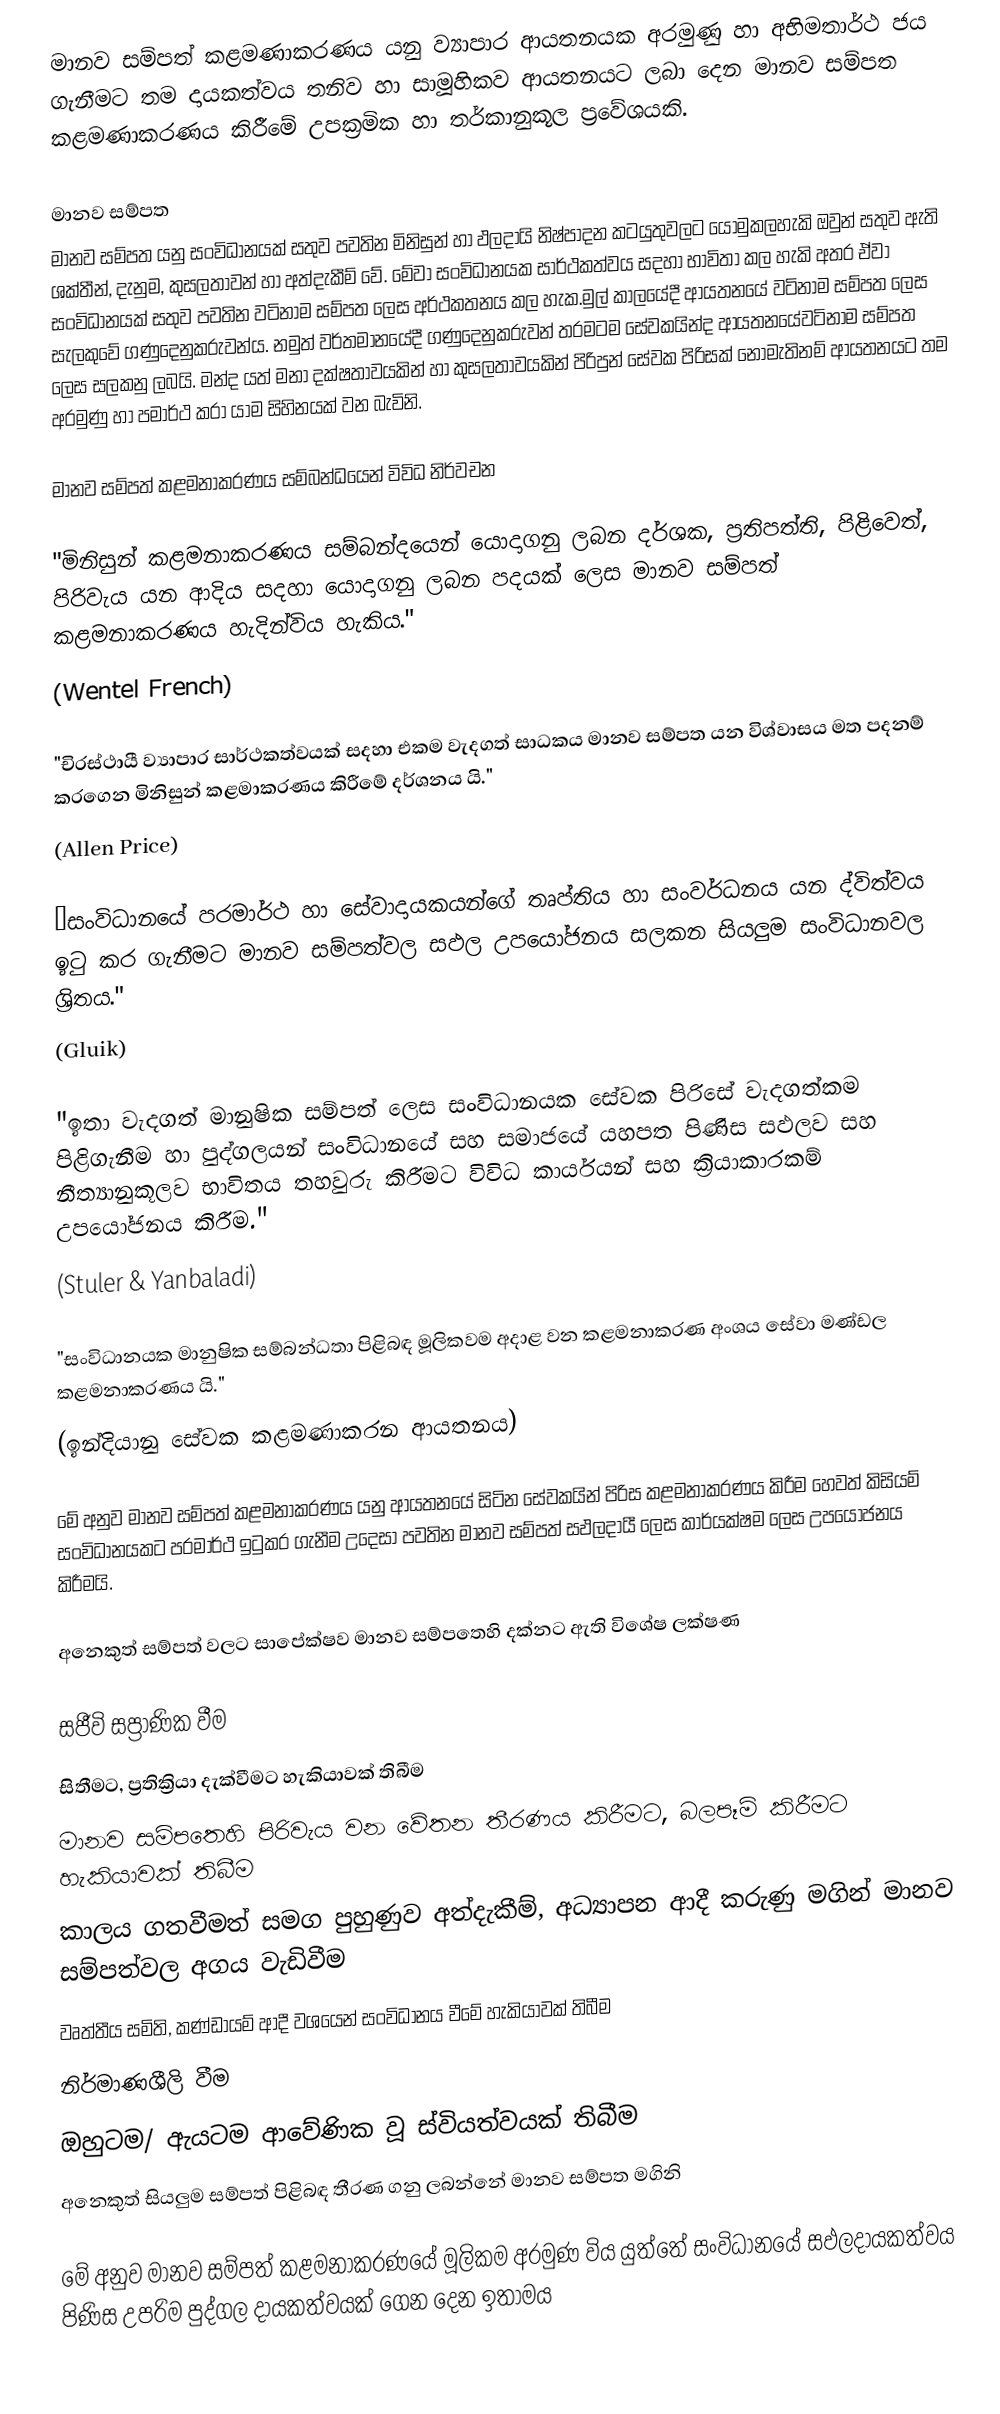
මානව සම්පත් කළමණාකරණය යනු ව්‍යාපාර ආයතනයක අරමුණු හා අභිමතාර්ථ ජය ගැනීමට තම දායකත්වය තනිව හා සාමූහිකව ආයතනයට ලබා දෙන මානව සම්පත කළමණාකරණය කිරීමේ උපක්‍රමික හා තර්කානුකූල ප්‍රවේශයකි.

මානව සම්පත
මානව සම්පත යනු සංවිධානයක් සතුව පවතින මිනිසුන් හා ඵලදායි නිෂ්පාදන කටයුතුවලට යොමුකලහැකි ඔවුන් සතුව ඇති ශක්තීන්, දැනුම, කුසලතාවන් හා අත්දැකීම් වේ. මේවා සංවිධානයක සාර්ථකත්වය සදහා භාවිතා කල හැකි අතර ඒවා සංවිධානයක් සතුව පවතින වටිනාම සම්පත ලෙස අර්ථකතනය කල හැක.මුල් කාලයේදී ආයතනයේ වටිනාම සම්පත ලෙස සැලකුවේ ගණුදෙනුකරුවන්ය. නමුත් වර්තමානයේදී ගණුදෙනුකරුවන් තරමටම සේවකයින්ද ආයතනයේවටිනාම සම්පත ලෙස සලකනු ලබයි. මන්ද යත් මනා දක්ෂතාවයකින් හා කුසලතාවයකින් පිරිපුන් සේවක පිරිසක් නොමැතිනම් ආයතනයට තම අරමුණු හා පමාර්ථ කරා යාම සිහිනයක් වන බැවිනි.

මානව සම්පත් කළමනාකරණය සම්බන්ධයෙන් විවිධ නිර්වචන

"මිනිසුන් කළමනාකරණය සම්බන්දයෙන් යොදාගනු ලබන දර්ශක, ප්‍රතිපත්ති, පිළිවෙත්, පිරිවැය යන ආදිය සදහා යොදාගනු ලබන පදයක් ලෙස මානව සම්පත් කළමනාකරණය හැදින්විය හැකිය."
(Wentel French)

"චිරස්ථායී ව්‍යාපාර සාර්ථකත්වයක් සදහා එකම වැදගත් සාධකය  මානව සම්පත යන විශ්වාසය මත පදනම් කරගෙන මිනිසුන් කළමාකරණය කිරී‍මේ දර්ශනය යි."
(Allen Price)

“සංවිධානයේ පරමාර්ථ හා සේවාදායකයන්ගේ තෘප්තිය හා සංවර්ධනය යන ද්විත්වය ඉටු කර ගැනීමට මානව සම්පත්වල සඵල උපයෝජනය සලකන සියලුම සංවිධානවල ශ්‍රිතය."
(Gluik)

"ඉතා වැදගත් මානුෂික සම්පත් ලෙස සංවිධානයක සේවක පිරිසේ වැදගත්කම පිළිගැනීම හා පුද්ගලයන් සංවිධානයේ සහ සමාජයේ යහපත පිණිස සඵලව සහ නීත්‍යානුකූලව භාවිතය තහවුරු කිරීමට විවිධ කාර්යයන් සහ ක්‍රියාකාරකම් උපයෝජනය කිරීම."
(Stuler & Yanbaladi)

"සංවිධානයක මානුෂික සම්බන්ධතා පිළිබඳ මූලිකවම අදාළ වන කළමනාකරණ අංශය සේවා මණ්ඩල කළමනාකරණය යි."
(ඉන්දියානු සේවක කළමණාකරන ආයතනය)

මේ අනුව මානව සම්පත් කළමනාකරණය යනු ආයතනයේ සිටින සේවකයින් පිරිස කළමනාකරණය කිරීම හෙවත් කිසියම් සංවිධානයකට පරමාර්ථ ඉටුකර ගැනීම උදෙසා පවතින මානව සම්පත් සඵලදායී ලෙස කාර්යක්ෂම ලෙස උපයෝජනය කිරීමයි.

අනෙකුත් සම්පත් වලට සාපේක්ෂව මානව සම්පතෙහි දක්නට ඇති විශේෂ ලක්ෂණ

 සජීවි සප්‍රාණික වීම
 සිතීමට, ප්‍රතික්‍රියා දැක්වීමට හැකියාවක් තිබීම
 මානව සම්පතෙහි පිරිවැය වන වේතන තීරණය කිරීමට, බලපෑම් කිරීමට හැකියාවක් තිබීම
 කාලය ගතවීමත් සමග පුහුණුව අත්දැකීම්, අධ්‍යාපන ආදී කරුණු මගින් මානව සම්පත්වල අගය වැඩිවීම
 වෘත්තීය සමිති, කණ්ඩායම් ආදී වශයෙන් සංවිධානය වීමේ හැකියාවක් තිබීම
 නිර්මාණශීලි වීම
 ඔහුටම/ ඇයටම ආවේණික වූ ස්වියත්වයක් තිබීම
 අනෙකුත් සියලුම සම්පත් පිළිබඳ තීරණ ගනු ලබන්නේ මානව සම්පත මගිනි

මේ අනුව මානව සම්පත් කළමනාකරණයේ මූලිකම අරමුණ විය යුත්තේ සංවිධානයේ සඵලදායකත්වය පිණිස උපරිම පුද්ගල දායකත්වයක් ගෙන දෙන ඉතාමය